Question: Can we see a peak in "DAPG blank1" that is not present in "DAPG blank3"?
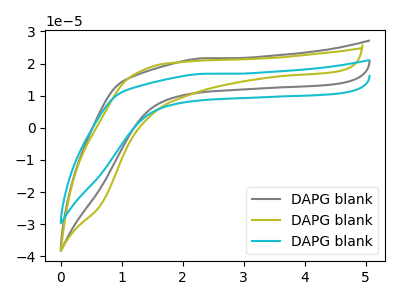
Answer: <think>The gray curve "DAPG blank1" has no peaks. The olive curve "DAPG blank2" has no peaks. The cyan curve "DAPG blank3" has no peaks.
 Neither "DAPG blank1" or "DAPG blank3" have any peaks.</think>
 <answer>No, "DAPG blank1" and "DAPG blank3" don't appear to be significantly different in shape</answer>
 <eval>no_change</eval>